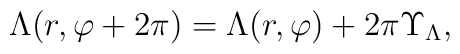
\Lambda(r,\varphi+2\pi)=\Lambda(r,\varphi)+2\pi\Upsilon_\Lambda,